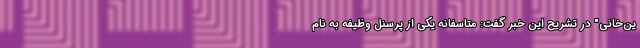
ین‌خانی" در تشریح این خبر گفت: متاسفانه یکی از پرسنل وظیفه به نام